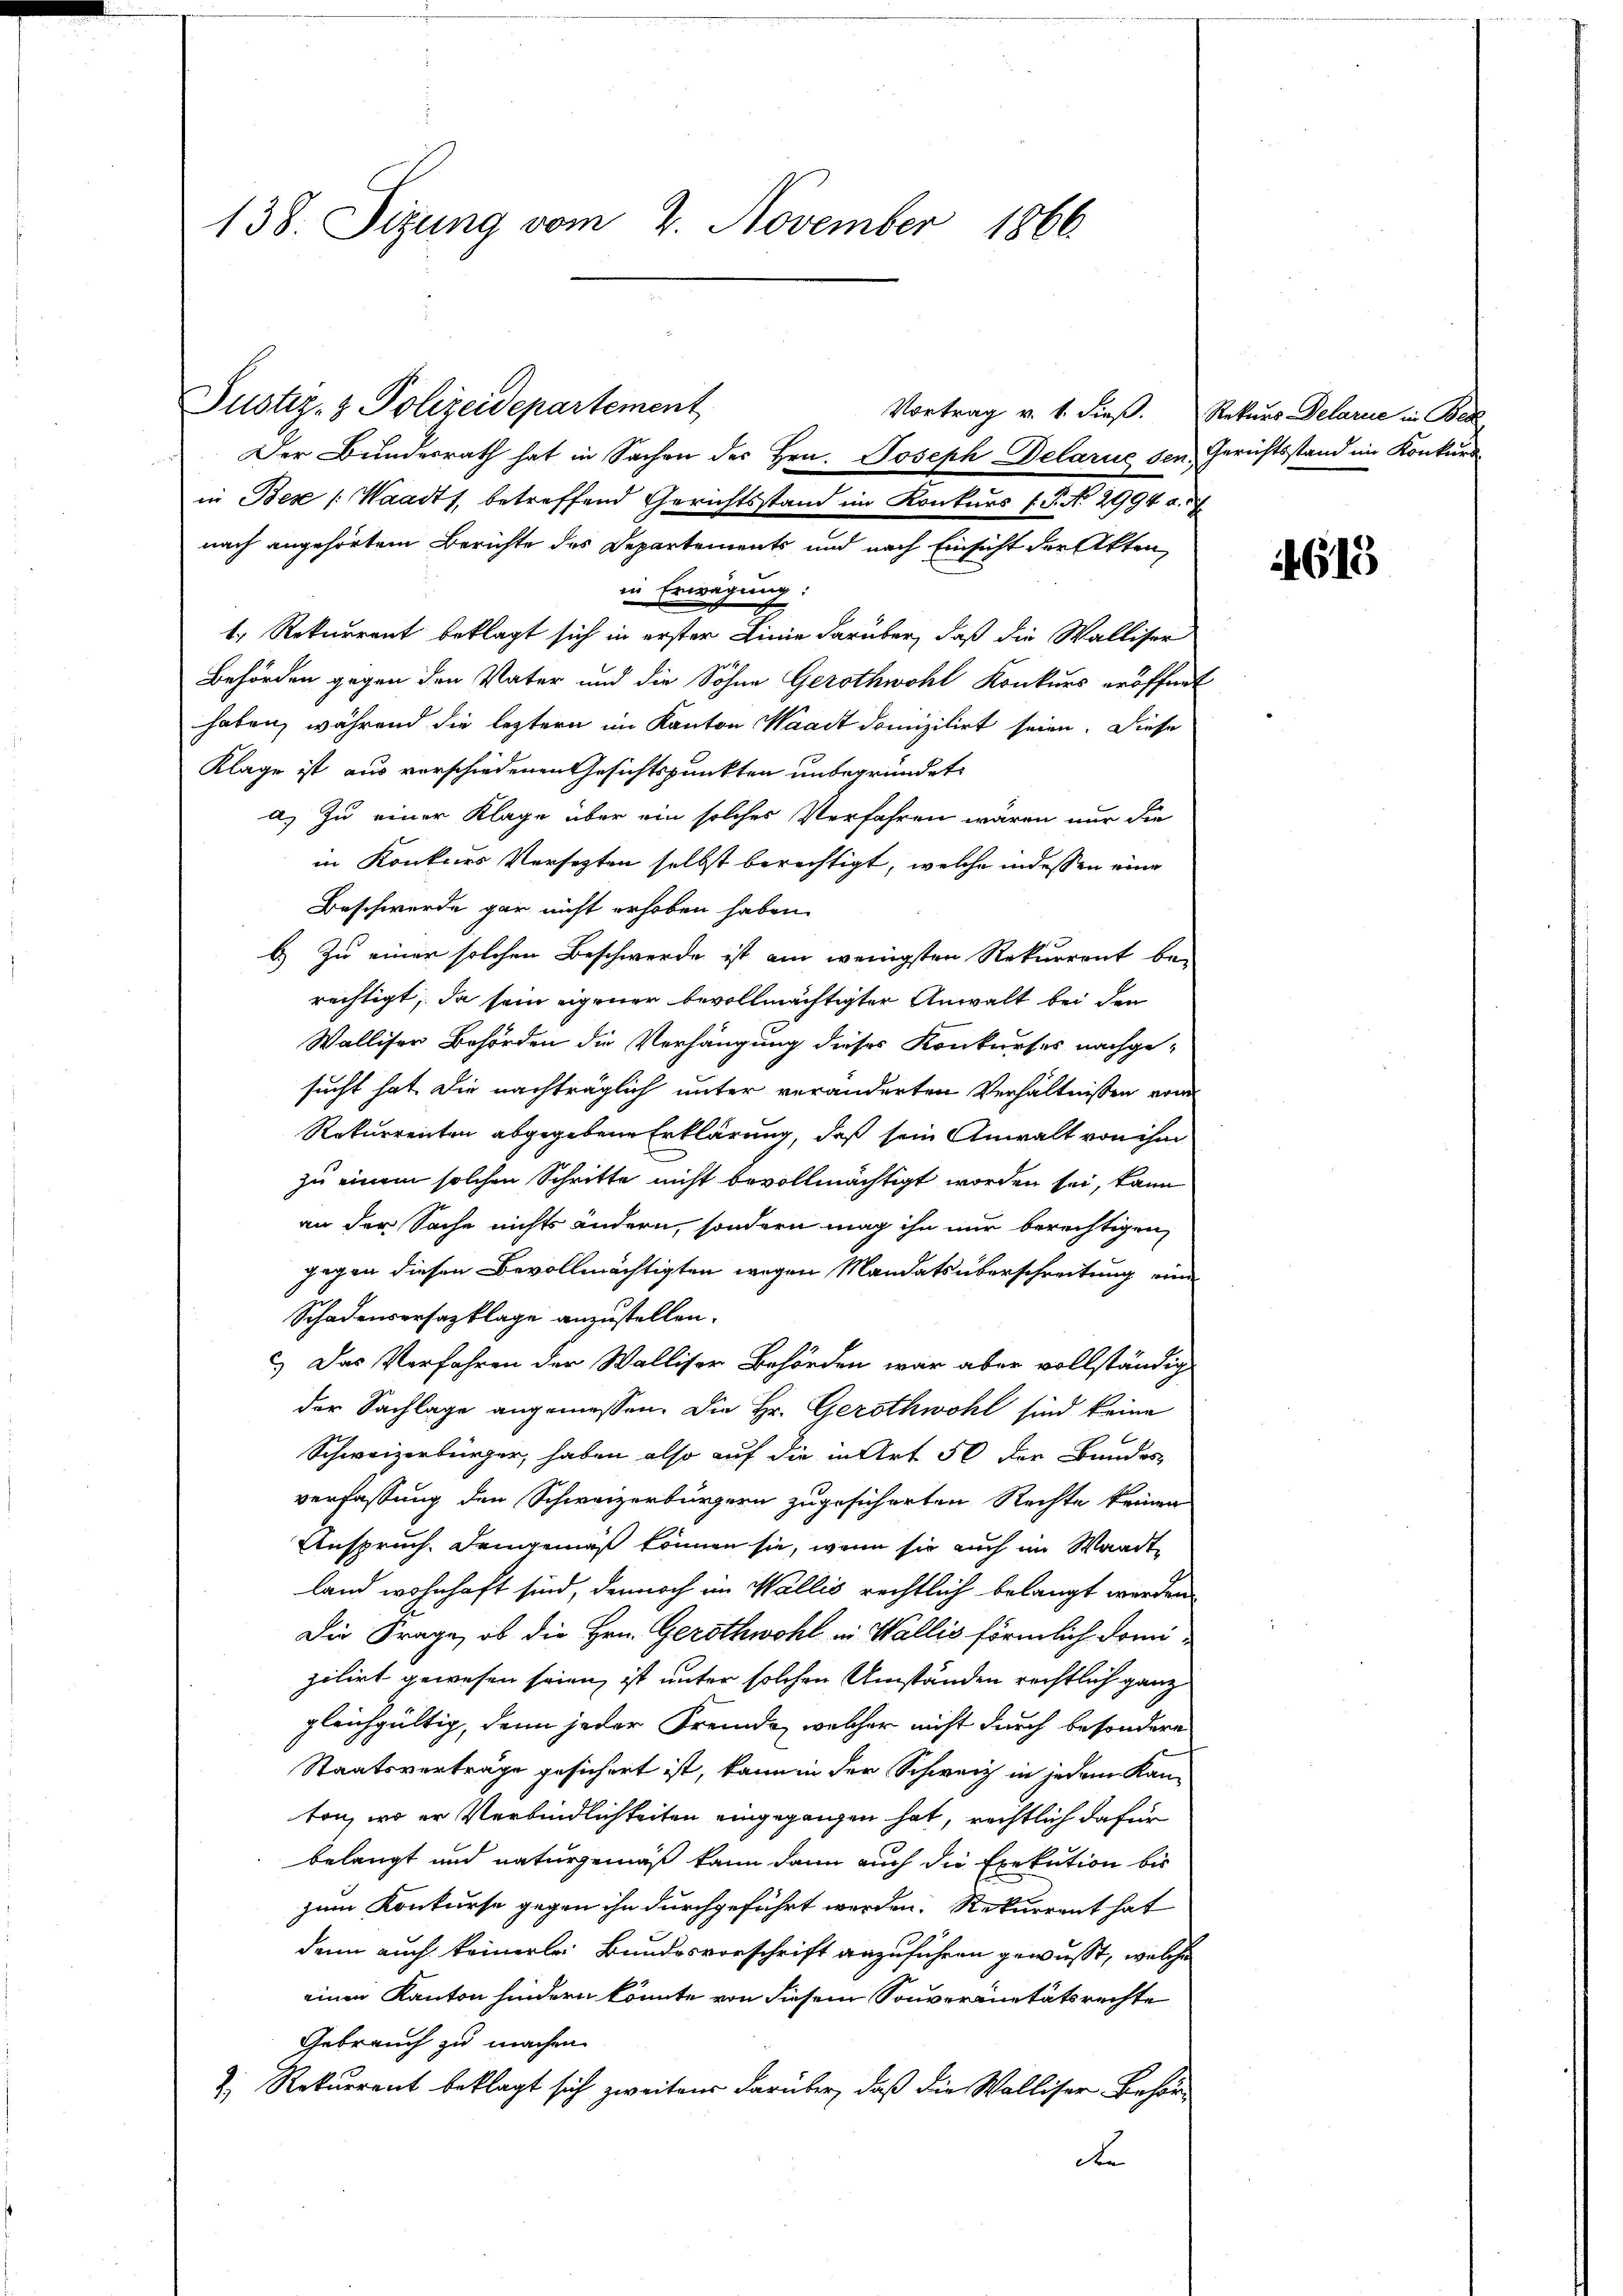
138. Sizung vom 2. November 1866.

Der Bundesrath hat in Sachen der Hrn. Joseph Delarie sen. Gerichtsstand im Konkurs
in Bex /: Waadt, betreffend Gerichtsstand im Konkurs f. P. No 2994 a.
nach angehörtem Berichte des Departements und nach Einsicht der Akten,
in Erwägung:
t. Rekurrent beklagt sich in erster Linie darüber, daß die Walliser
Behörden gegen den Vater und die Söhne Gerothwohl Konkurs eröffnet
haben, während die leztern im Kanton Waadt domizilirt seien. Diese
Klage ist aus verschiedenen Gesichtspunkten unbegründet.
a) Zu einer Klage über ein solches Verfahren wären nur die
in Konkurs Versezten selbst berechtigt, welche indessen eine
Beschwerde gar nicht erhoben haben.
b.) Zu einer solchen Beschwerde ist am wenigsten Rekurrent berechtigt, da sein eigener bevollmächtigter Anwalt bei den
Walliser Behörden die Verhängung dieses Konkurses nachge-
sucht hat. Die nachträglich unter veränderten Verhältnissen vom
Rekurrenten abgegebene Erklärung, daß sein Anwalt von ihm
zu einem solchen Schritte nicht bevollmächtigt worden sei, kann
an der Sache nichts ändern, sondern mag ihn nur berechtigen,
gegen diesen Bevollmächtigten wegen Mandatsüberschreitung eine
Schadensersatzklage anzustellen.
c.) Das Verfahren der Walliser Behörden war aber vollständig
der Sachlage angemessen. Die Hr. Gerothwohl sind keine
Schweizerbürger, haben also auf die in Art 50 der Bandes
verfassung den Schweizerbürgern zugesicherten Rechte keinen
Anspruch. Demgemäß können sie, wenn sie auch im Waadt,
land wohnhaft sind, dennoch im Wallis rechtlich belangt werden
Die Frage, ob die Hrn. Gerothwohl in Wallis förmlich domizilirt gewesen seien, ist unter solchen Umständen rechtlich ganz
gleichgültig, denn jeder Fremde, welcher nicht durch besondere
Staatsverträge gesichert ist, kann in der Schweiz in jedem Kanvon, wo er Verbindlichkeiten eingegangen hat, rechtlich dafür
belangt und naturgemäß kann dann auch die Exekution bis
zum Konkurse gegen ihn durchgeführt werden. Rekurrent hat
dann auch keinerlei Bundesvorschrift anzuführen gewusst, welche
einen Kanton hindern könnte von diesem Souveranitätsrechte
Gebrauch zu machen.
Z. Rekurrent beklagt sich zweitens darüber, daß die Walliser Behör¬
F

Justiz- & Polizeidepartement

Vortrag v. 1. dieβ. Rekurs Delarie in Bed

4613